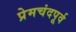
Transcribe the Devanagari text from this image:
प्रेमचंदपूर्व